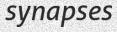
synapses